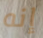
إنه